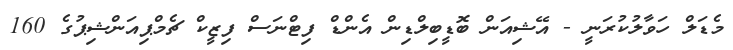
މެޑަލް ހަވާލުކުރަނީ - އޭޝިއަން ބޮޑީބިލްޑިން އެންޑް ފިޓްނަސް ފިޒީކް ޗެމްޕިއަންޝިޕުގެ 160